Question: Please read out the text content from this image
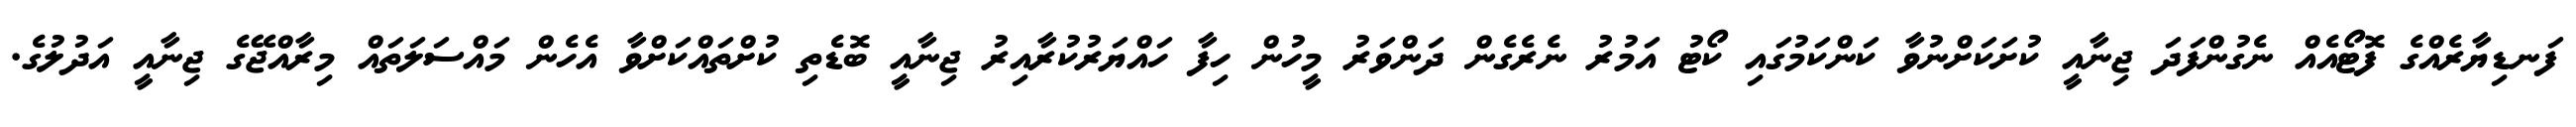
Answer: ފަނޑިޔާރެއްގެ ފޮޓޯއެއް ނެގުންފަދަ ޖިނާއީ ކުށަކަށްނުވާ ކަންކަމުގައި ކޯޓު އަމުރު ނެރެގެން ދަންވަރު މީހުން ހިފާ ހައްޔަރުކުރާއިރު ޖިނާއީ ބޮޑެތި ކުށްތައްކަށްވާ އެހެން މައްސަލަތައް މިރާއްޖޭގެ ޖިނާއީ އަދުލުގެ.